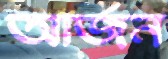
আর্জন